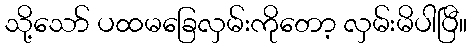
သို့သော် ပထမခြေလှမ်းကိုတော့ လှမ်းမိပါပြီ။